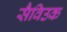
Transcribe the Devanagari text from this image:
सैविउक